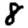
Digit: 8